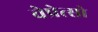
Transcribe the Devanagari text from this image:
वेप्रेत्सो